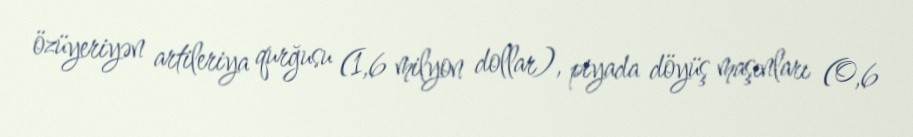
özüyeriyən artileriya qurğusu (1,6 milyon dollar), piyada döyüş maşınları (0,6